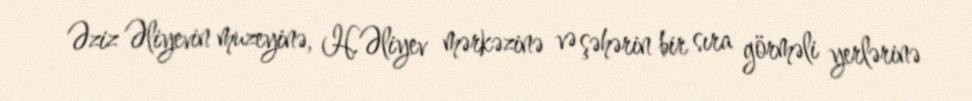
Əziz Əliyevin muzeyinə, H.Əliyev mərkəzinə və şəhərin bir sıra görməli yerlərinə